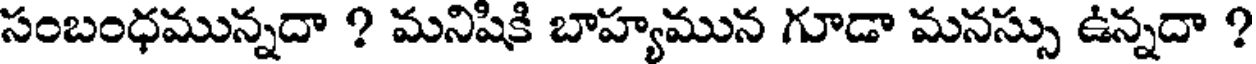
సంబంధమున్నదా ? మనిషికి బాహ్యమున గూడా మనస్సు ఉన్నదా ?